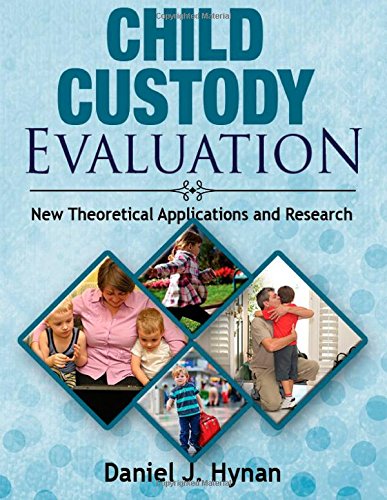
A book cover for Child Custody Evaluation: New Theoretical Applications and Research; Daniel J. Hynan; Law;